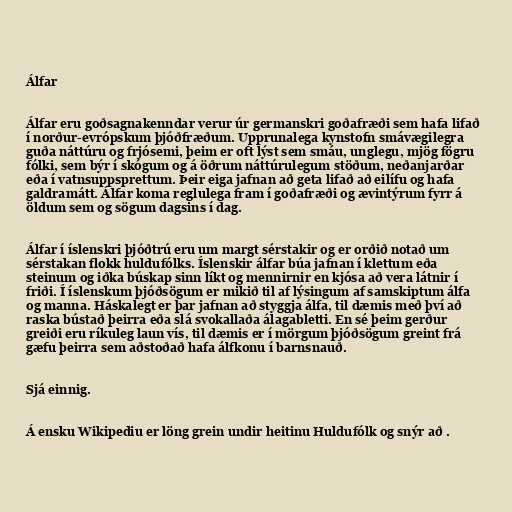
Álfar

Álfar eru goðsagnakenndar verur úr germanskri goðafræði sem hafa lifað
í norður-evrópskum þjóðfræðum. Upprunalega kynstofn smávægilegra
guða náttúru og frjósemi, þeim er oft lýst sem smáu, unglegu, mjög fögru
fólki, sem býr í skógum og á öðrum náttúrulegum stöðum, neðanjarðar
eða í vatnsuppsprettum. Þeir eiga jafnan að geta lifað að eilífu og hafa
galdramátt. Álfar koma reglulega fram í goðafræði og ævintýrum fyrr á
öldum sem og sögum dagsins í dag.

Álfar í íslenskri þjóðtrú eru um margt sérstakir og er orðið notað um
sérstakan flokk huldufólks. Íslenskir álfar búa jafnan í klettum eða
steinum og iðka búskap sinn líkt og mennirnir en kjósa að vera látnir í
friði. Í íslenskum þjóðsögum er mikið til af lýsingum af samskiptum álfa
og manna. Háskalegt er þar jafnan að styggja álfa, til dæmis með því að
raska bústað þeirra eða slá svokallaða álagabletti. En sé þeim gerður
greiði eru ríkuleg laun vís, til dæmis er í mörgum þjóðsögum greint frá
gæfu þeirra sem aðstoðað hafa álfkonu í barnsnauð.

Sjá einnig.

Á ensku Wikipediu er löng grein undir heitinu Huldufólk og snýr að .